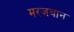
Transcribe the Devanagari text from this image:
मरजबान